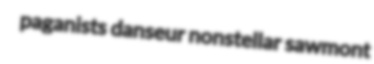
paganists danseur nonstellar sawmont